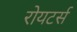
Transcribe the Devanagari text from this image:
रोयटर्स